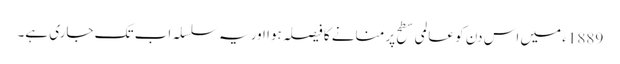
1889ء میں اس دن کو عالمی سطح پر منانے کا فیصلہ ہوا اور یہ سلسلہ اب تک جاری ہے۔